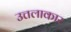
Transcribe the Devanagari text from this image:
उत्तलाकार